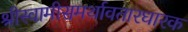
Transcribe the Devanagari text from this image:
श्रीस्वामीसमर्थावतारधारक